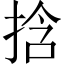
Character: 𫼹